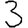
Digit: 3